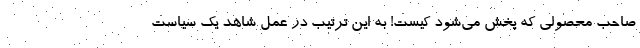
صاحب محصولی که پخش می‌شود کیست! به این ترتیب در عمل شاهد یک سیاست